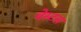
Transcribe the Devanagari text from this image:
वेस्टस